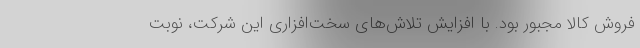
فروش کالا مجبور بود. با افزایش تلاش‌های سخت‌افزاری این شرکت، نوبت